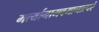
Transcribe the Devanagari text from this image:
मर्त्यानामवमानात्परं